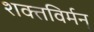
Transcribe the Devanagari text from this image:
शक्तविर्मन्